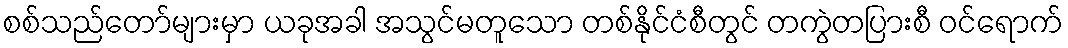
စစ်သည်တော်များမှာ ယခုအခါ အသွင်မတူသော တစ်နိုင်ငံစီတွင် တကွဲတပြားစီ ဝင်ရောက်